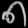
Digit: ၈